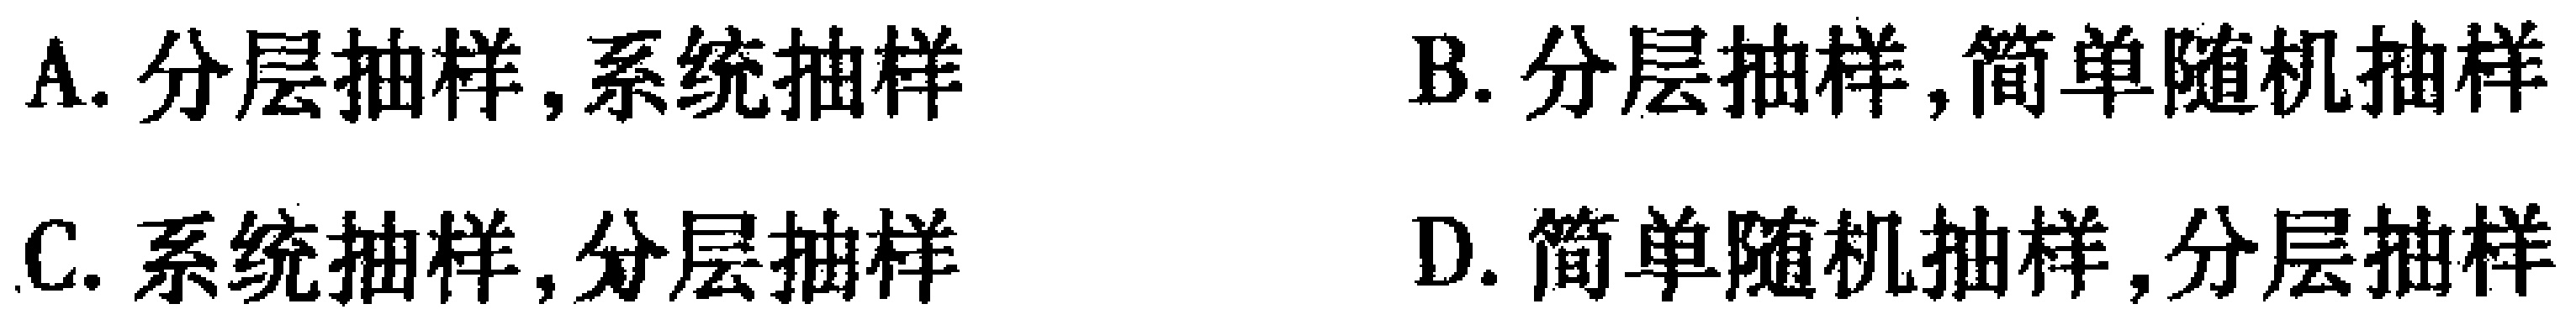
A. 分层抽样,系统抽样

B. 分层抽样,简单随机抽样

C. 系统抽样,分层抽样

D. 简单随机抽样,分层抽样